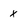
Character: x